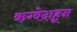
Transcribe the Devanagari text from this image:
ऋग्वेदाहून